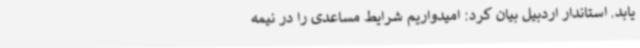
یابد. استاندار اردبیل بیان کرد: امیدواریم شرایط مساعدی را در نیمه